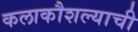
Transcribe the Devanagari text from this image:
कलाकौशल्याची